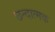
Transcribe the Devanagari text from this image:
छन्दात्मक